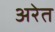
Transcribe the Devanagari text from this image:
अरेत